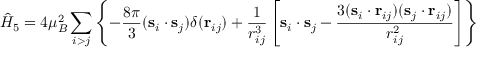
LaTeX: { \hat { H } } _ { 5 } = 4 \mu _ { B } ^ { 2 } \sum _ { i > j } \left\lbrace - { \frac { 8 \pi } { 3 } } ( \mathbf { s } _ { i } \cdot \mathbf { s } _ { j } ) \delta ( \mathbf { r } _ { i j } ) + { \frac { 1 } { r _ { i j } ^ { 3 } } } \left[ \mathbf { s } _ { i } \cdot \mathbf { s } _ { j } - { \frac { 3 ( \mathbf { s } _ { i } \cdot \mathbf { r } _ { i j } ) ( \mathbf { s } _ { j } \cdot \mathbf { r } _ { i j } ) } { r _ { i j } ^ { 2 } } } \right] \right\rbrace